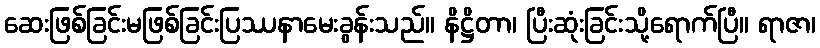
ဆေးဖြစ်ခြင်းမဖြစ်ခြင်းပြဿနာမေးခွန်းသည်။ နိဋ္ဌိတာ၊ ပြီးဆုံးခြင်းသို့ရောက်ပြီ။ ရာဇာ၊